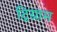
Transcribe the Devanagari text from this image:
ट्रिग्राम